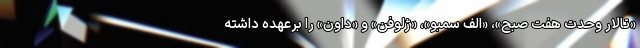
«تالار وحدت هفت صبح»، «الف سمبو»، «ژلوفن» و «داون» را برعهده داشته